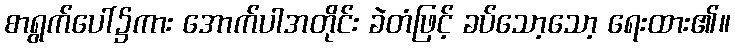
စာရွက်ပေါ်၌ကား အောက်ပါအတိုင်း ခဲတံဖြင့် ခပ်သော့သော့ ရေးထား၏။